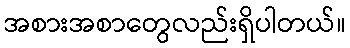
အစားအစာတွေလည်းရှိပါတယ်။